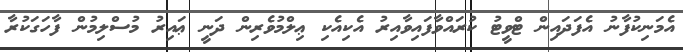
އެމަނިކުފާނު އެފަދައިން ޓްވީޓު ކުރައްވާފައިވާއިރު އެކިއެކި ޢިލްމުވެރިން ދަނީ ޢައިރު މުސްލިމުން ފާހަގަކުރާ